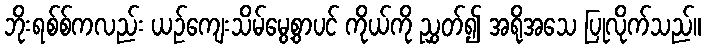
ဘိုးရစ်စ်ကလည်း ယဉ်ကျေးသိမ်မွေ့စွာပင် ကိုယ်ကို ညွှတ်၍ အရိုအသေ ပြုလိုက်သည်။